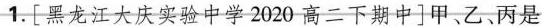
1.[黑龙江大庆实验中学2020高二下期中]甲、乙、丙是